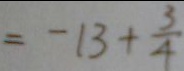
= - 1 3 + \frac { 3 } { 4 }